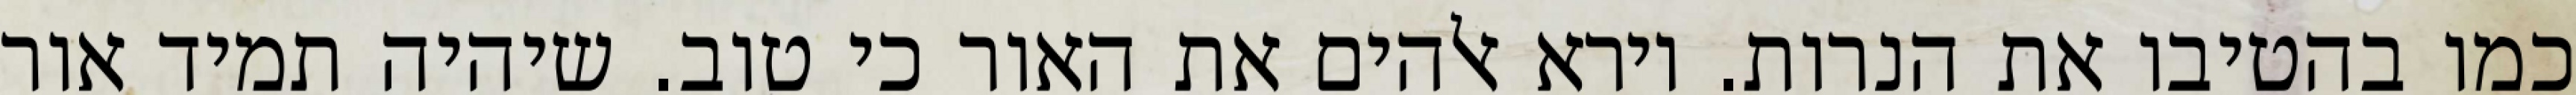
כמו בהטיבו את הנרות. וירא אלהים את האור כי טוב. שיהיה תמיד אור